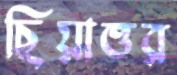
ছিয়াত্তর